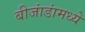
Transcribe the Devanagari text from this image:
बीजांडांमध्ये